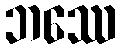
ဘဿေ